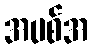
အပစ်အ